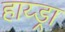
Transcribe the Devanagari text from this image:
हाय्ड्रा